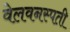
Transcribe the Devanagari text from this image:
वेलवनस्पती